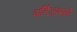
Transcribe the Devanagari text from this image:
पार्तिज़न्सके